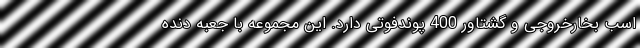
اسب بخارخروجی و گشتاور 400 پوندفوتی دارد. این مجموعه با جعبه دنده